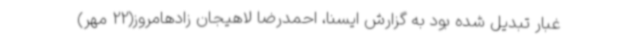
غبار تبدیل شده بود به گزارش ایسنا، احمدرضا لاهیجان زادهامروز(22 مهر)